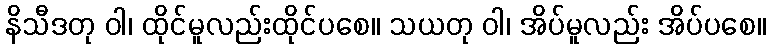
နိသီဒတု ဝါ၊ ထိုင်မူလည်းထိုင်ပစေ။ သယတု ဝါ၊ အိပ်မူလည်း အိပ်ပစေ။